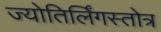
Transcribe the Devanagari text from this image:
ज्योतिर्लिंगस्तोत्र